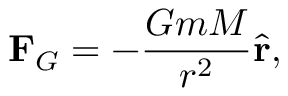
\mathbf { F } _ { G } = - { \frac { G m M } { r ^ { 2 } } } { \hat { \mathbf { r } } } ,